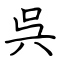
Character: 呉